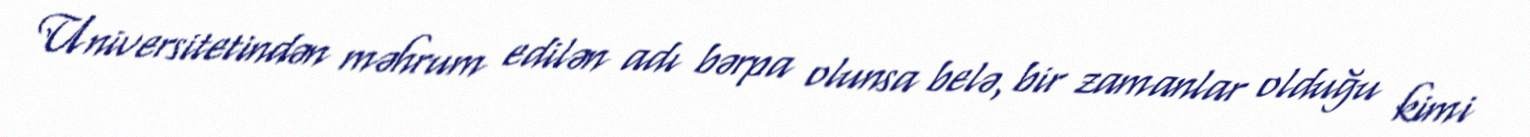
Universitetindən məhrum edilən adı bərpa olunsa belə, bir zamanlar olduğu kimi